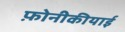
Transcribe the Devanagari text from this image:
फ़ोनीकीयाई